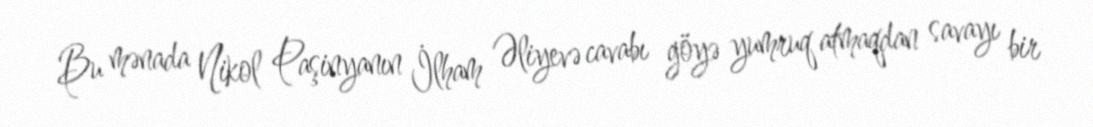
Bu mənada Nikol Paşinyanın İlham Əliyevə cavabı göyə yumruq atmaqdan savayı bir